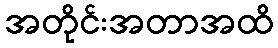
အတိုင်းအတာအထိ